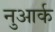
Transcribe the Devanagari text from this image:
नुआर्क